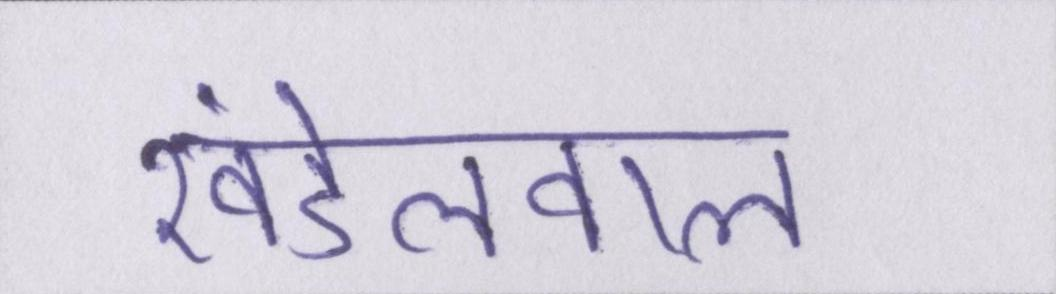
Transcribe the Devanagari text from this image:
खंडेलवाल